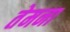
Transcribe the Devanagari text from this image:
तेमना